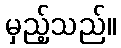
မှည့်သည်။